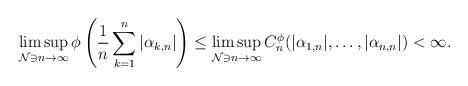
LaTeX: \begin{align*}\limsup_{{\mathcal N}\ni n\to\infty} \phi\left(\frac{1}{n} \sum_{k=1}^n |\alpha_{k,n}|\right) \le \limsup_{{\mathcal N}\ni n\to\infty} C_n^{\phi}(|\alpha_{1,n}|,\ldots,|\alpha_{n,n}|) < \infty.\end{align*}